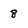
Character: 8